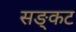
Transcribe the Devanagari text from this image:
सङ्कट